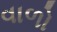
વાળો